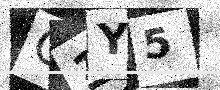
Text: C1Y5